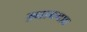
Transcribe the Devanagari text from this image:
ख़्वाबगाह